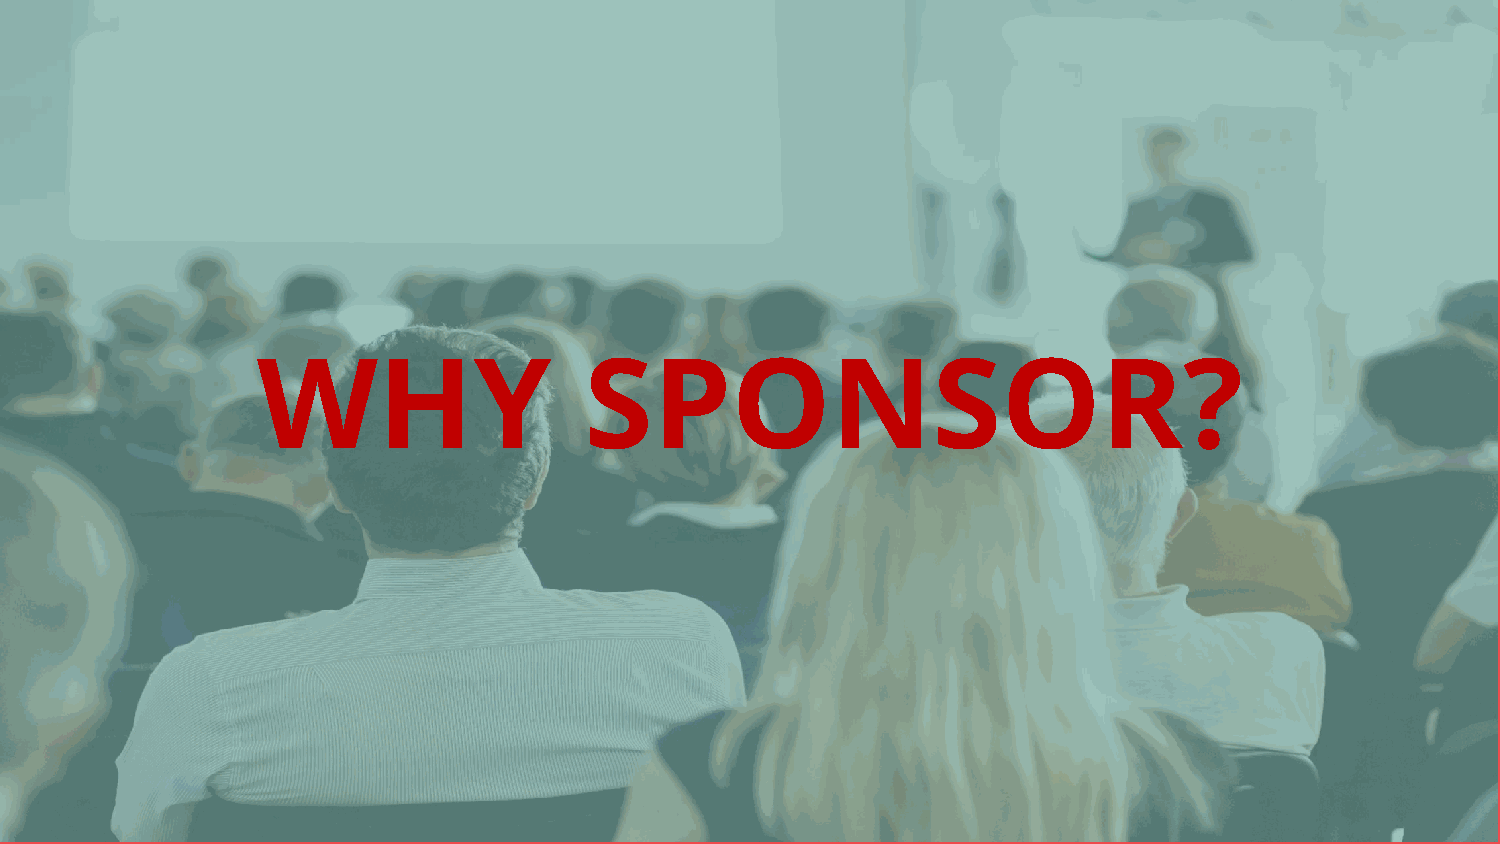
WHY                   SPONSOR?